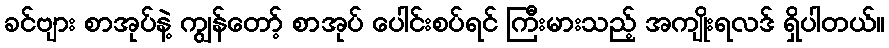
ခင်ဗျား စာအုပ်နဲ့ ကျွန်တော့် စာအုပ် ပေါင်းစပ်ရင် ကြီးမားသည့် အကျိုးရလဒ် ရှိပါတယ်။